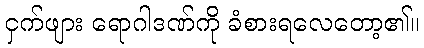
ငှက်ဖျား ရောဂါဒဏ်ကို ခံစားရလေတော့၏။